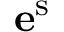
\mathbf { e } ^ { \mathrm { { s } } }